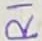
Text: R1